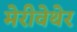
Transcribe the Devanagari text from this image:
मेरीवेथेर